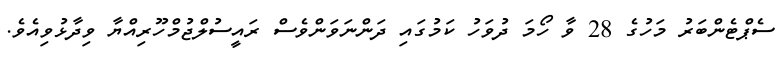
ސެޕްޓެންބަރު މަހުގެ 28 ވާ ހޯމަ ދުވަހު ކަމުގައި ދަންނަވަންވެސް ރައީސުލްޖުމްހޫރިއްޔާ ވިދާޅުވިއެވެ.